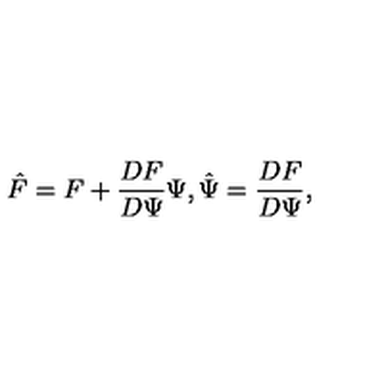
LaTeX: \hat { F } = F + \frac { D F } { D \Psi } \Psi , \hat { \Psi } = \frac { D F } { D \Psi } ,